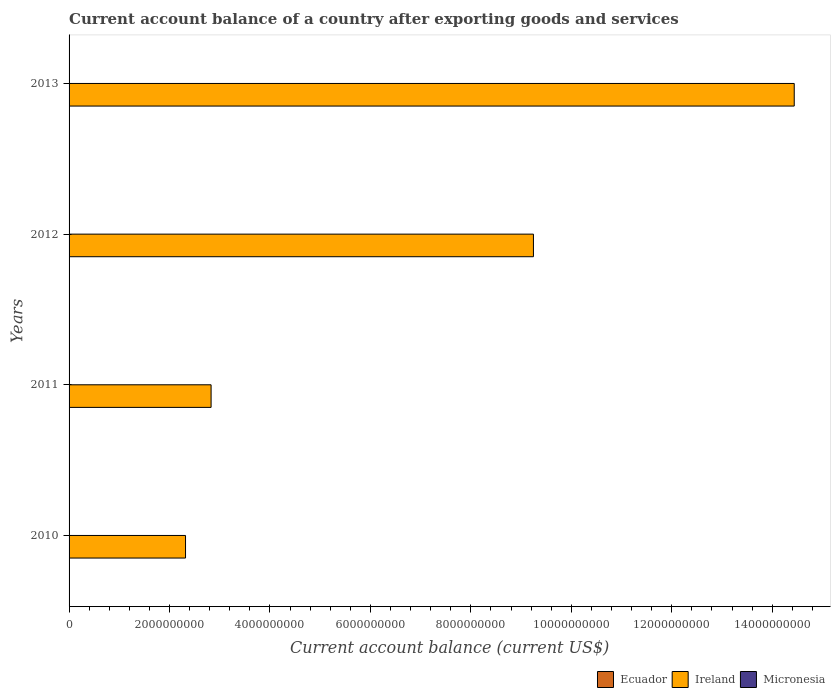
| Years | Ecuador | Ireland | Micronesia |
 | --- | --- | --- | --- |
 | 2010 | -1.61e+09 | 2.32e+09 | -4.44e+07 |
 | 2011 | -3.24e+08 | 2.83e+09 | -5.54e+07 |
 | 2012 | -3.37e+08 | 9.25e+09 | -4.12e+07 |
 | 2013 | -1.29e+09 | 1.44e+10 | -3.16e+07 |